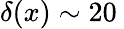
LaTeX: \delta(x)\sim 20\